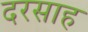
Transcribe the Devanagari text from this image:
दरसाह